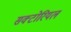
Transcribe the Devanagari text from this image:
सक्टोरियल